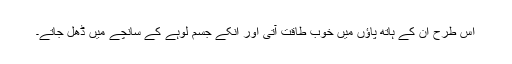
اس طرح ان کے ہاتھ پاؤں میں خوب طاقت آتی اور انکے جسم لوہے کے سانچے میں ڈھل جاتے۔